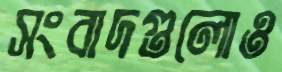
সংবাদগুলোও